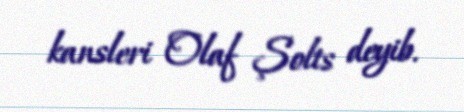
kansleri Olaf Şolts deyib.